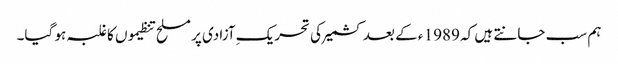
ہم سب جانتے ہیں کہ 1989 ء کے بعد کشمیر کی تحریکِ آزادی پر مسلح تنظیموں کا غلبہ ہو گیا۔